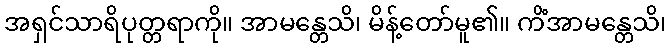
အရှင်သာရိပုတ္တရာကို။ အာမန္တေသိ၊ မိန့်တော်မူ၏။ ကိံအာမန္တေသိ၊